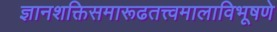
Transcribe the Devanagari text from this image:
ज्ञानशक्तिसमारूढतत्त्वमालाविभूषणे